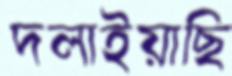
দলাইয়াছি